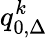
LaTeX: q_{0,\Delta}^{k}